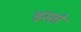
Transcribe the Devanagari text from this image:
इस्तो